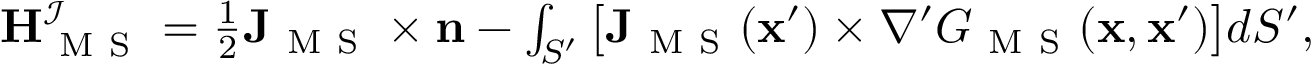
\begin{array} { r } { \mathbf { H } _ { \mathrm { ~ M ~ S ~ } } ^ { \mathcal { I } } = \frac { 1 } { 2 } \mathbf { J } _ { \mathrm { ~ M ~ S ~ } } \times \mathbf { n } - \int _ { S ^ { \prime } } \big [ \mathbf { J } _ { \mathrm { ~ M ~ S ~ } } ( \mathbf { x } ^ { \prime } ) \times \nabla ^ { \prime } G _ { \mathrm { ~ M ~ S ~ } } ( \mathbf { x } , \mathbf { x } ^ { \prime } ) \big ] d S ^ { \prime } , } \end{array}